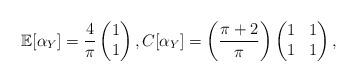
LaTeX: \begin{align*}\mathbb{E}[\alpha_Y]=\frac{4}{\pi} \begin{pmatrix}1\\1\\\end{pmatrix}, C[\alpha_Y]= \biggl(\frac{\pi+2}{\pi} \biggr)\begin{pmatrix}1&1\\1&1\\\end{pmatrix} ,\end{align*}